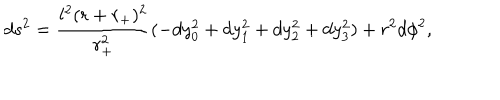
LaTeX: d s ^ { 2 } = \frac { l ^ { 2 } ( r + r _ { + } ) ^ { 2 } } { r _ { + } ^ { 2 } } ( - d y _ { 0 } ^ { 2 } + d y _ { 1 } ^ { 2 } + d y _ { 2 } ^ { 2 } + d y _ { 3 } ^ { 2 } ) + r ^ { 2 } d \phi ^ { 2 } ,